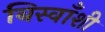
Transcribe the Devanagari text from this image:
बिस्वाँशी